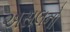
અસલનો